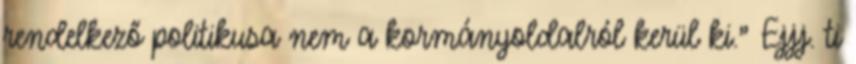
rendelkező politikusa nem a kormányoldalról kerül ki." Ejjj. ti